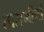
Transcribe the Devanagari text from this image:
तारामीनों